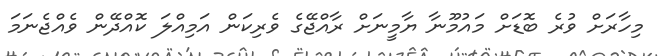
މިހާރަށް ވުރެ ބޮޑަށް މައުމޫނާ ޔާމީނަށް ރާއްޖޭގެ ވެރިކަން އަމިއްލަ ކޮއްދޭން ވެއްޖެނަމަ